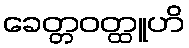
ခေတ္တဝတ္ထူဟိ